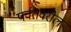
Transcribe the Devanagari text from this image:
पर्वतवरील